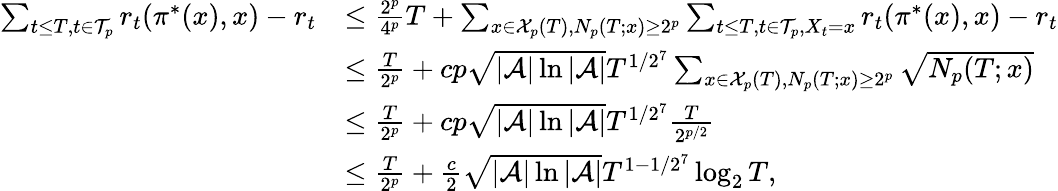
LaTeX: \begin{array}{rl}{\sum_{t\leq T,t\in\mathcal{T}_{p}}r_{t}(\pi^{*}(x),x)-r_{t}}&{\leq\frac{2^{p}}{4^{p}}T+\sum_{x\in\mathcal{X}_{p}(T),N_{p}(T;x)\geq 2^{p}}\sum_{t\leq T,t\in\mathcal{T}_{p},X_{t}=x}r_{t}(\pi^{*}(x),x)-r_{t}}\\ &{\leq\frac{T}{2^{p}}+cp\sqrt{|\mathcal{A}|\ln|\mathcal{A}|}T^{1/2^{7}}\sum_{x\in\mathcal{X}_{p}(T),N_{p}(T;x)\geq 2^{p}}\sqrt{N_{p}(T;x)}}\\ &{\leq\frac{T}{2^{p}}+cp\sqrt{|\mathcal{A}|\ln|\mathcal{A}|}T^{1/2^{7}}\frac{T}{2^{p/2}}}\\ &{\leq\frac{T}{2^{p}}+\frac{c}{2}\sqrt{|\mathcal{A}|\ln|\mathcal{A}|}T^{1-1/2^{7}}\log_{2}T,}\end{array}